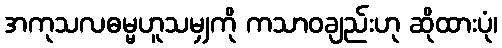
အကုသလဓမ္မဟူသမျှကို ကသာဝချည်းဟု ဆိုထားပုံ၊